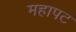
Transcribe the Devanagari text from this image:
महापट